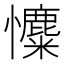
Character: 𢥐